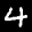
Label: 4